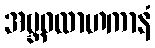
အဗ္ဘဝလာဟကာနံ